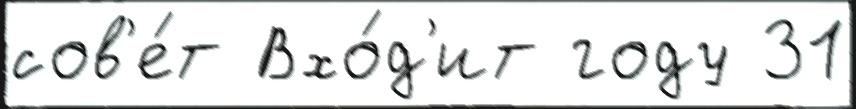
сов'е́т Вхо́д'ит году 31